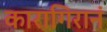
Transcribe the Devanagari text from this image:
कारागिरानं